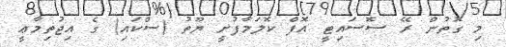
މި ގޮތުން ރޭ ސޮސައިޓީ އޮފް ކޮލަމާފުށީ ޔޫތު (ސްކައި) ގެ އިޖުތިމާޢީ